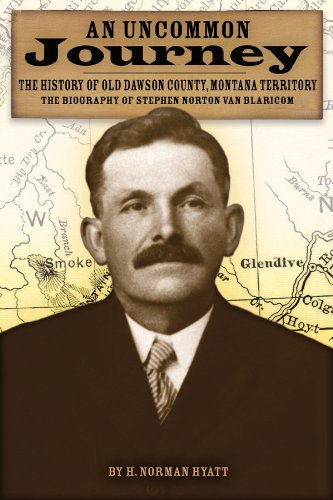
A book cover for An Uncommon Journey: The History of Old Dawson County, Montana Territory, the Biography of Stephen Norton Van Blaricom; H. Norman Hyatt; Biographies & Memoirs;